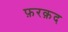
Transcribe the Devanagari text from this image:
फ़रक़द